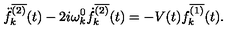
\ddot { f } _ { k } ^ { \overline { { ( 2 ) } } } ( t ) - 2 i \omega _ { k } ^ { 0 } \dot { f } _ { k } ^ { \overline { { ( 2 ) } } } ( t ) = - V ( t ) f _ { k } ^ { \overline { { ( 1 ) } } } ( t ) .